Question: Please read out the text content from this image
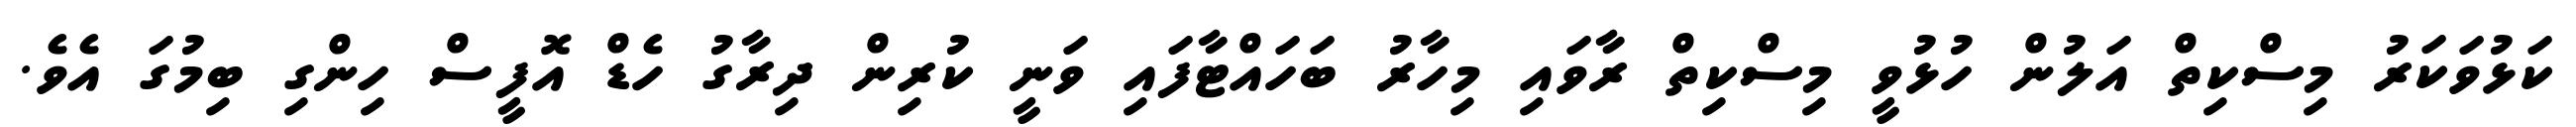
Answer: ކަޅުވަކަރު މިސްކިތް އަލުން ހުޅުވީ މިސްކިތް ރާވައި މިހާރު ބަހައްޓާފައި ވަނީ ކުރިން ދިރާގު ހެޑް އޮފީސް ހިންގި ބިމުގަ އެވެ.